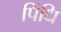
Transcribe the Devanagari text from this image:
पिंधि